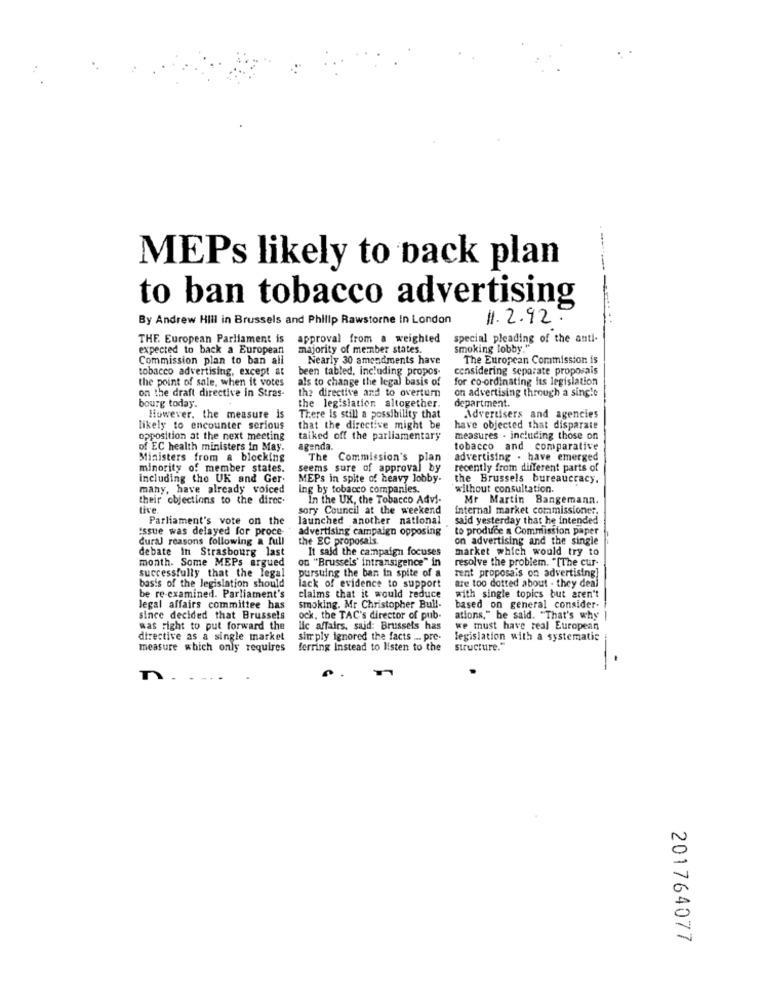
MEPs likely to back plan
to ban tobacco advertising
By Andrew Hill in Brussels and Philip Rawstorne In London
11.2.92.
THE European Parliament is
approval from a weighted
special pleading of the anti-
expected to back a European
majority of member states.
smoking lobby."
Commission plan to ban all
Nearly 30 amendments have
The European Commission is
tobacco advertising, except at
been tabled, including propos-
considering separate proposals
the point of sale, when it votes
als to change the legal basis of
for co-ordinating its legislation
on the draft directive in Stras-
the directive and to overturn
on advertising through a single
bourg today.
department.
the legislation altogether.
However, the measure is
There Is still a possibility that
Advertisers and agencies
likely to encounter serious
that the directive might be
have objected that disparate
opposition at the next meeting
talked off the parliamentary
measures - including those on
of EC health ministers in May.
agenda.
tobacco and comparative
Ministers from a blocking
The Commission's plan
advertising . have emerged
minority of member states.
seems sure of approval by
recently from different parts of
including the UK and Ger-
MEPs in spite of heavy lobby.
the Brussels bureaucracy.
many, have already voiced
ing by tobacco companies.
without consultation.
their objections to the direc.
In the UX, the Tobacco Advi-
Mr Martin Bangemann.
tive
sory Council at the weekend
internal market commissioner.
Parliament's vote on the
launched another national
said yesterday that he intended
Issue was delayed for proce
advertising campaign opposing
to produce a Commission paper
dural reasons following a full
the EC proposals.
on advertising and the single
debate In Strasbourg last
It said the campaign focuses
market which would try to
month. Some MEPs argued
on "Brussels' intransigence" in
resolve the problem. "[The cur-
successfully that the legal
pursuing the ban in spite of a
rent proposais on advertising
basis of the legislation should
lack of evidence to support
are too dotted about - they deal
be re-examined. Parliament's
claims that it would reduce
with single topics but aren't
legal affairs committee has
smoking. Mr Christopher Bull-
based on general consider-
since decided that Brussels
ock, the TAC's director of pub-
ations," he said. "That's why
Ras Fight to put forward the
lic affairs, said: Brussels has
we must have real European
directive as a single market
simply ignored the facts .. pre-
legislation with a systematic
measure which only requires
ferring Instead to listen to the
structure."
n
201764077